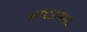
નવડાવવા